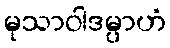
မုသာဝါဒမ္ပာဟံ